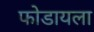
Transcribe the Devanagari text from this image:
फोडायला